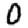
Digit: 0